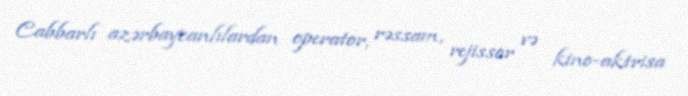
Cabbarlı azərbaycanlılardan operator, rəssam, rejissor və kino-aktrisa